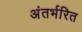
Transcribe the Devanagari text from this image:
अंतर्भरित